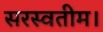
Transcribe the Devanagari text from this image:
सरस्वतीम।